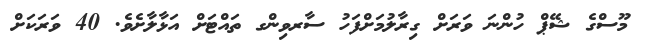
މޫސްގެ ޝޭޕް ހުންނަ ވަރަށް ގިރާލުމަށްފަހު ސާރވިންގ ތައްޓަށް އަޅާލާށެވެ. 40 ވަރަކަށް